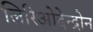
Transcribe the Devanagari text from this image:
लिरिओदेन्द्रोन